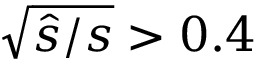
\sqrt { \hat { s } / s } > 0 . 4